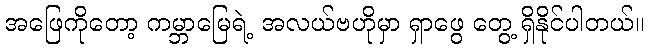
အဖြေကိုတော့ ကမ္ဘာမြေရဲ့ အလယ်ဗဟိုမှာ ရှာဖွေ တွေ့ ရှိနိုင်ပါတယ်။